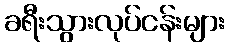
ခရီးသွားလုပ်ငန်းများ